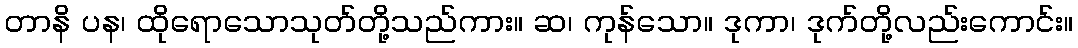
တာနိ ပန၊ ထိုရောသောသုတ်တို့သည်ကား။ ဆ၊ ကုန်သော။ ဒုကာ၊ ဒုက်တို့လည်းကောင်း။